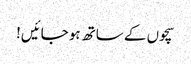
سچوں کے ساتھ ہو جائیں!